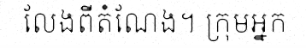
លែងពីតំណែង។ ក្រុមអ្នក